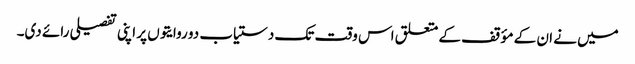
میں نے ان کے مؤقف کے متعلق اس وقت تک دستیاب دو روایتوں پر اپنی تفصیلی رائے دی۔